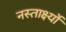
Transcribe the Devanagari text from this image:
नस्तार्क्ष्यो